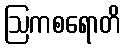
ဩကစရောတိ